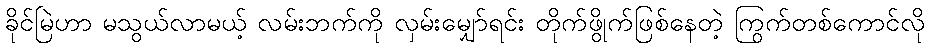
ခိုင်မြဲဟာ မသွယ်လာမယ့် လမ်းဘက်ကို လှမ်းမျှော်ရင်း တိုက်ဖွိုက်ဖြစ်နေတဲ့ ကြွက်တစ်ကောင်လို